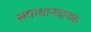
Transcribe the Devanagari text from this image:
समाधानदायक